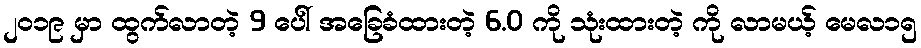
၂၀၁၉ မှာ ထွက်လာတဲ့ 9 ပေါ် အခြေခံထားတဲ့ 6.0 ကို သုံးထားတဲ့ ကို လာမယ့် မေလ၁၅